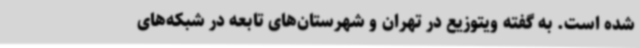
شده است. به گفته ویتوزیع در تهران و شهرستان‌های تابعه در شبکه‌های